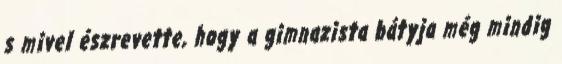
s mivel észrevette, hogy a gimnazista bátyja még mindig